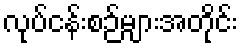
လုပ်ငန်းစဉ်များအတိုင်း